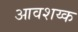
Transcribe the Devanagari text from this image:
आवशय्क